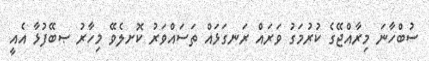
ސުބްހާނަ މިރާއްޖޭގެ ކުރުމަގު ވަރައް ރަނގަޅައް ތަސައްވަރު ކޮށލެވޭ މިހާރު ޞބޭފުޅާ އެއީ